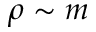
\rho \sim m